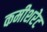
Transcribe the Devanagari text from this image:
कमीशरेट